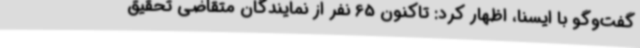
گفت‌وگو با ایسنا، اظهار کرد: تاکنون 65 نفر از نمایندگان متقاضی تحقیق